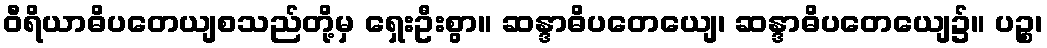
ဝီရိယာဓိပတေယျစသည်တို့မှ ရှေးဦးစွာ။ ဆန္ဒာဓိပတေယျေ၊ ဆန္ဒာဓိပတေယျေ၌။ ပဉ္စ၊